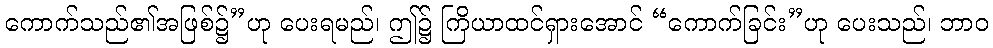
ကောက်သည်၏အဖြစ်၌”ဟု ပေးရမည်၊ ဤ၌ ကြိယာထင်ရှားအောင် “ကောက်ခြင်း”ဟု ပေးသည်၊ ဘာဝ